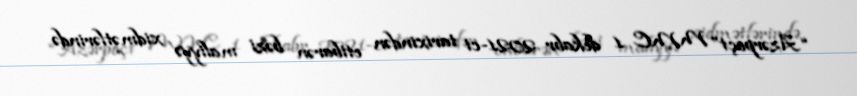
“Azərpoçt” MMC 1 dekabr 2021-ci tarixindən etibarən bəzi maliyyə xidmətlərində